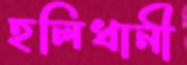
হলিধানী